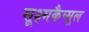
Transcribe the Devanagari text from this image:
सूक्ष्मकैप्सूल